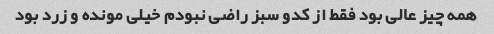
همه چیز عالی بود فقط از کدو سبز راضی نبودم خیلی مونده و زرد بود